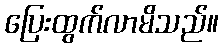
ပြေးထွက်လာမိသည်။